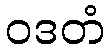
ဝဒတံ